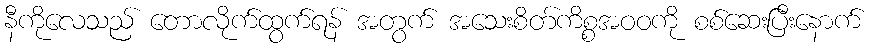
နီကိုလေသည် တောလိုက်ထွက်ရန် အတွက် အသေးစိတ်ကိစ္စအဝဝကို စစ်ဆေးပြီးနောက်